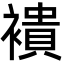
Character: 䙡